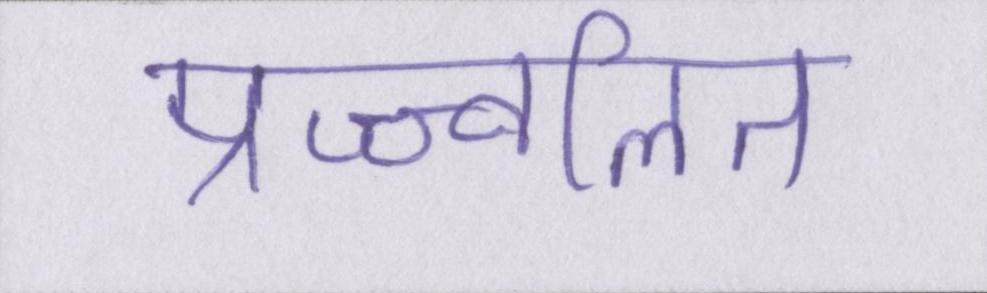
प्रज्ज्वलित